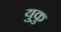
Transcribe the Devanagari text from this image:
युकु